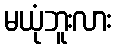
မယုံဘူးလား